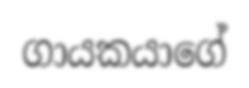
ගායකයාගේ